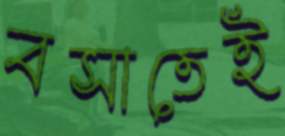
বসাতেই